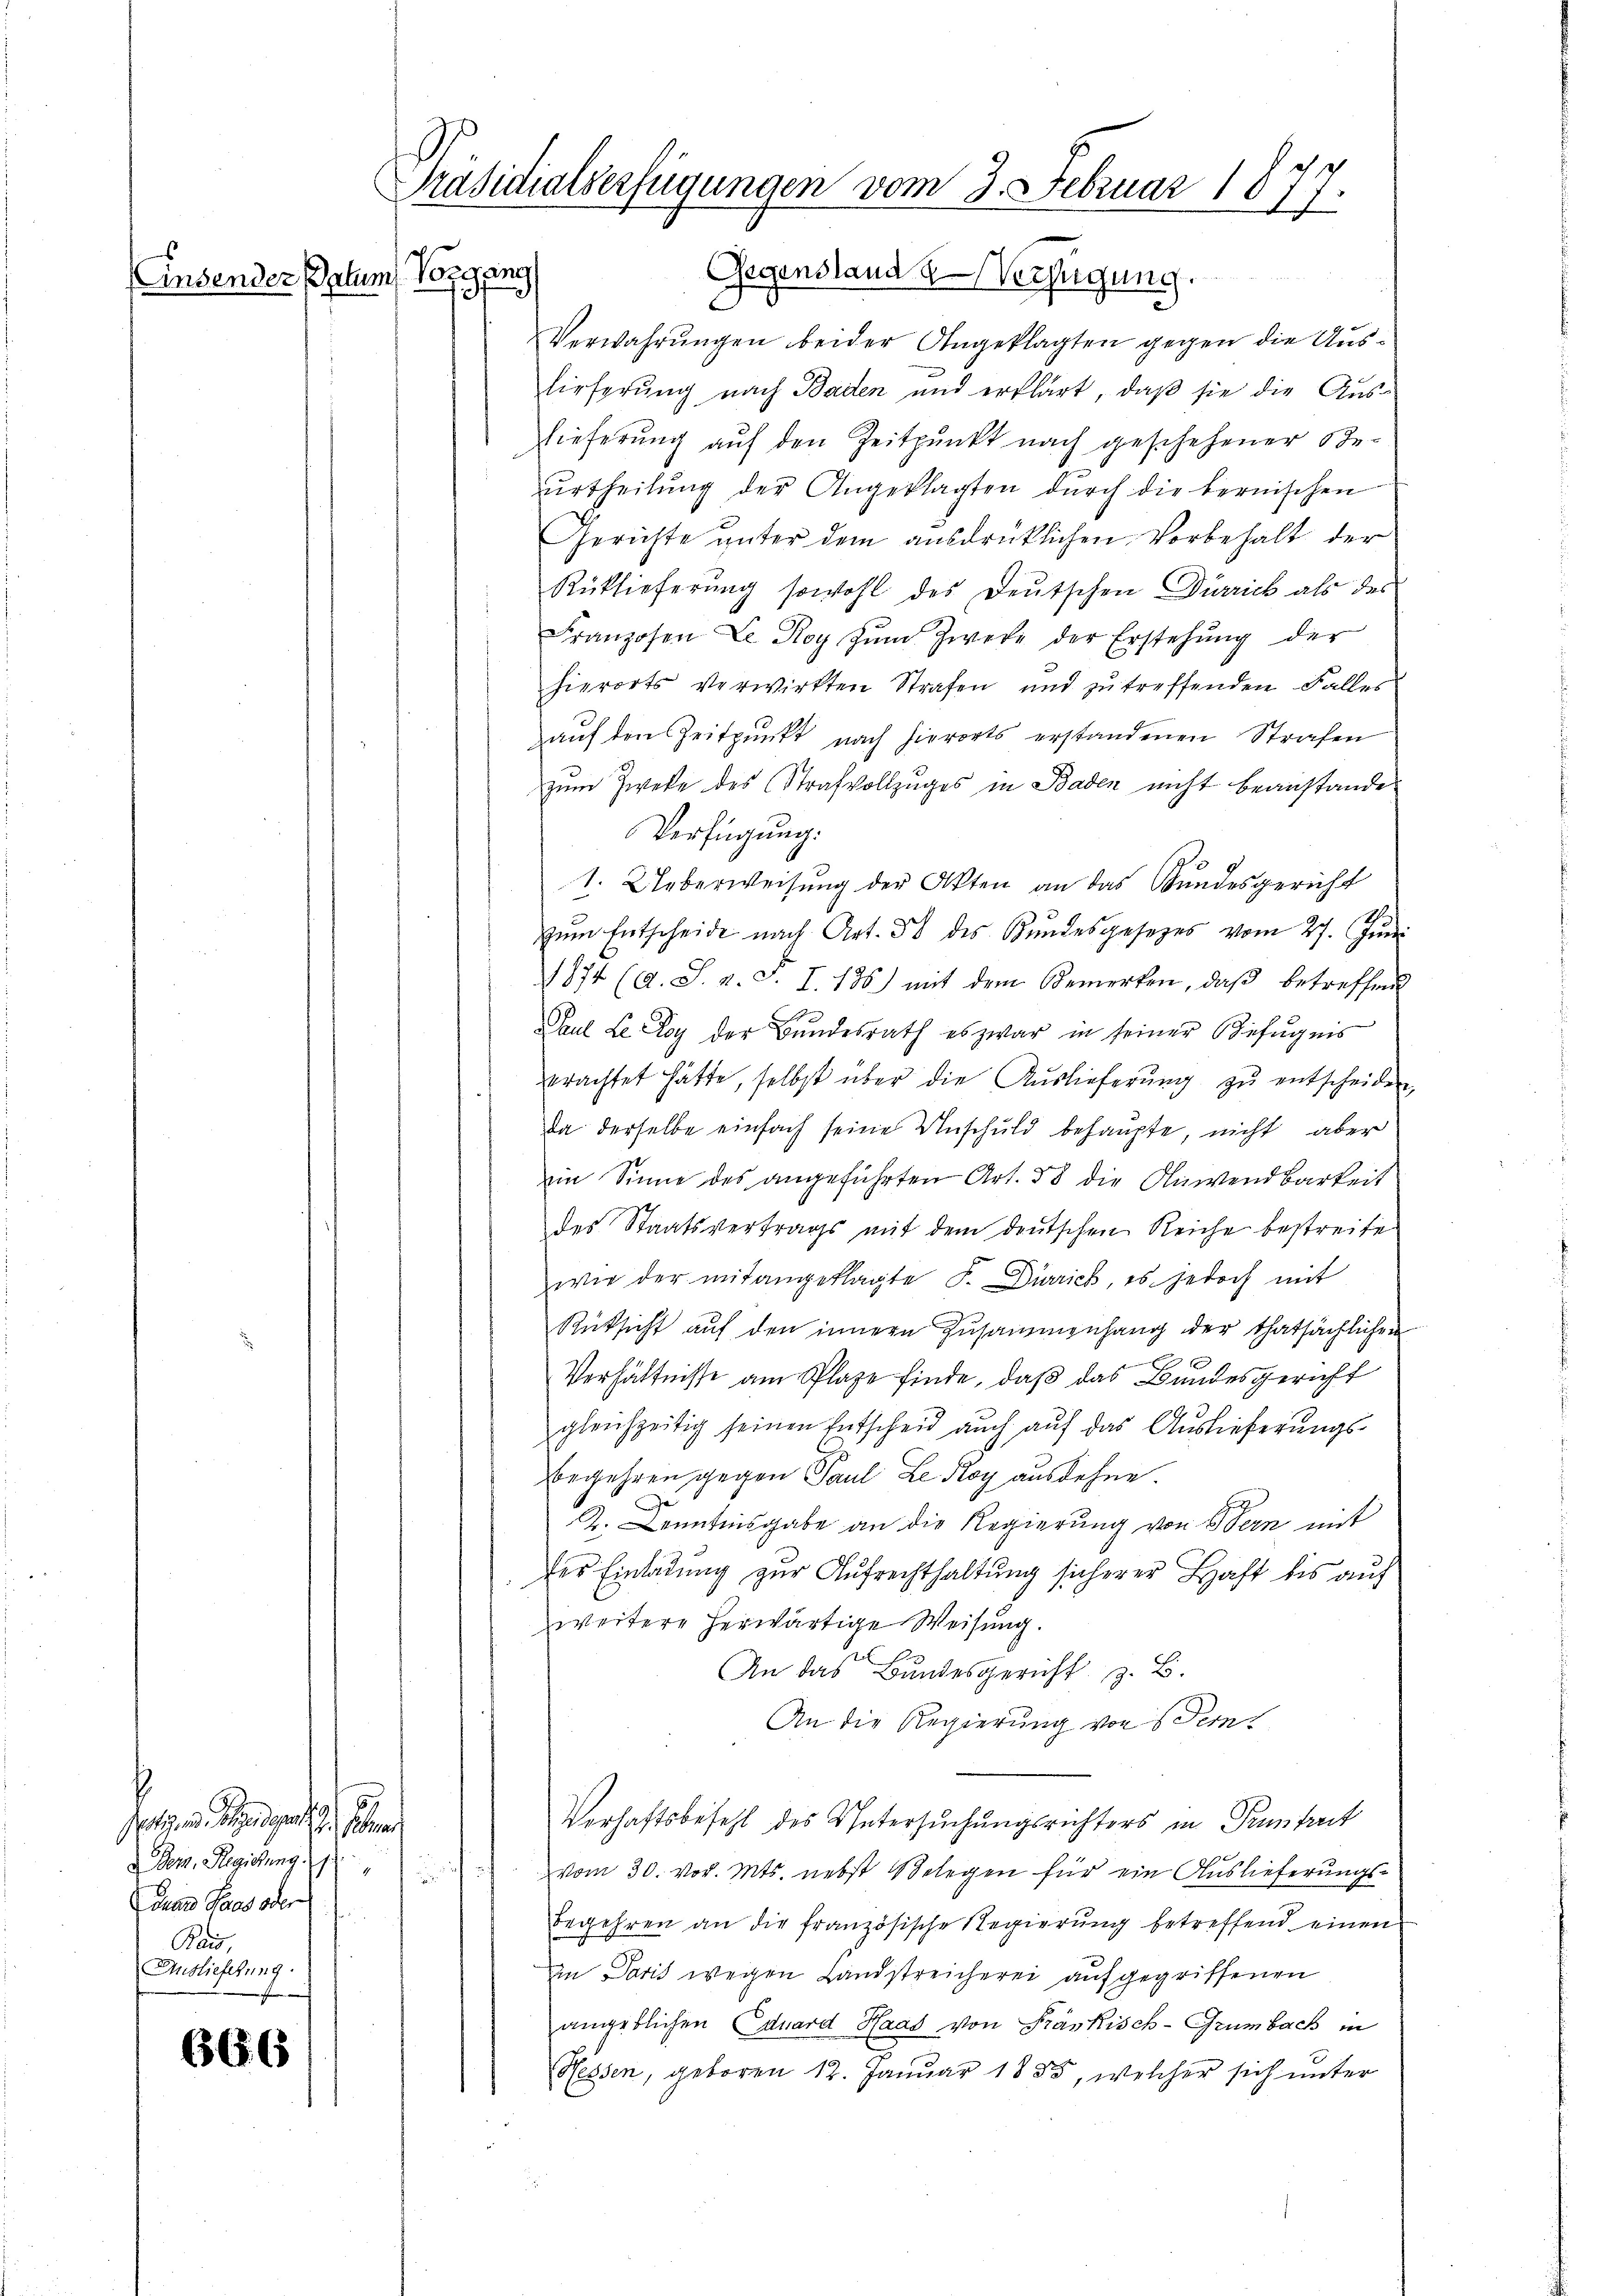
Ansender Palum

t angen, be
Der. Regierung
Duan Paces oder
.
Bais,
Auslieferung
e

666

Präsidialverfügungen vom 3. Februar 1877.
Vongung
Gegenstand Verfügung.
C

Verwahrŭngen beider Angeklagten gegen die Auslieferung nach Baden und erklärt, daß sie die Aus-
Lieferung auf den Zeitpunkt nach geschehener Seŭrtheilŭng der Angeklagten dŭrch die bernischen
Gerichte unter dem ausdrücklichen Vorbehalt der
Rüklieferung sowohl des Deutschen Dürrich als des
Franzosen Le Roy zŭm Zwecke der Erstehung der
hierorts verwirkten Strafen und zu treffenden Falles
aŭf den Zeitpunkt nach hierorts erstandenen Strafen
zum Zweke des Strafvollzuges in Baden nicht beanstande¬
Verfügung:
1. Ueberweisung der Akten an das Kundesgericht
zŭm Entscheide nach Art. 38 des Kŭndesgesetzes vom 27. Jŭni
1874 (A. S. v. c. I. 186) mit dem Bemerken, daβ betreffend
Paul Le Loy der Bundesrath es zwar in seiner Befugnis
erachtet hätte, selbst über die Auslieferŭng zŭ entscheiden,
da derselbe einfach seine Unschuld behaupte, nicht aber
ein Sinne des angeführten Art. 35 die Anwendbarkeit
des Staatsvertrags mit dem deutschen Reiche bestreite
wie der mitangeklagte F. Dürrich, es jedoch mit
Rücksicht aŭf den innern Zusammenhang der thatsächlichen
u
Verhältnisse am Plaze finde, daß das Bundesgericht
gleichzeitig seinen Entscheid auch auf das Auslieferungs-
begehren gegen Paul Le Roy ausdehne.
D. Kenntnisgabe an die Regierung von Bern mit
.Der Einladung zur Aufrechthaltung sicherer Haft bis auf
weitere herwärtige Weisung.
An das Bundesgericht z. B.
An die Regierung von Stern
Verhaftsbefehl des Untersuchungsrichters in Tumtreit
 vom 30. vor. Mts. nebst Belegen für ein Auslieferŭngs-
begehren an die französische Regierung betreffend einen
an Paris wegen Landstreicherei aufgegriffenen
angeblichen Eduard Haas von Fränkisch-Grumbach in
Hessen, geboren 12. Januar 1855, welcher sich unter